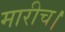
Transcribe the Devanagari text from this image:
मारीच।